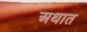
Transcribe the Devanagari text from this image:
अथात